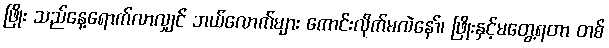
ဖြိုး သည်နေ့ရောက်လာလျှင် ဘယ်လောက်များ ကောင်းလိုက်မလဲနော်၊ ဖြိုးနှင့်မတွေ့ရတာ တစ်